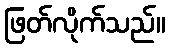
ဖြတ်လိုက်သည်။